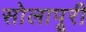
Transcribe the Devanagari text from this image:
सोलापूरी